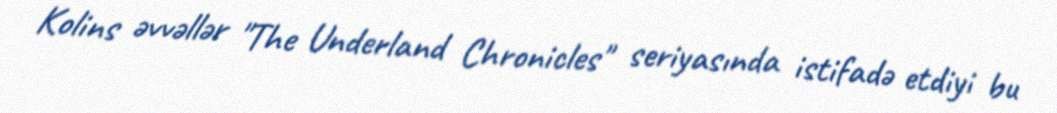
Kolins əvvəllər "The Underland Chronicles" seriyasında istifadə etdiyi bu